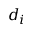
d _ { i }